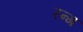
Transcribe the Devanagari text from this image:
रन्ग